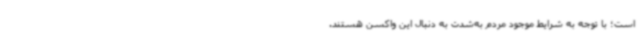
است؛ با توجه به شرایط موجود مردم به‌شدت به دنبال این واکسن هستند.